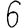
Digit: 6